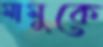
মামুকে